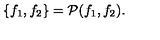
\{ f _ { 1 } , f _ { 2 } \} = { \cal P } ( f _ { 1 } , f _ { 2 } ) .